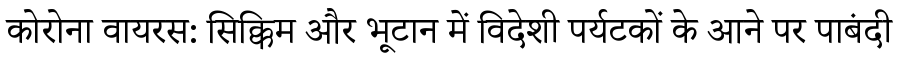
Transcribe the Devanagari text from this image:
कोरोना वायरस: सिक्किम और भूटान में विदेशी पर्यटकों के आने पर पाबंदी